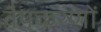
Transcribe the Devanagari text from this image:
वैयकरणों